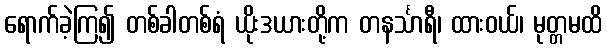
ရောက်ခဲ့ကြ၍ တစ်ခါတစ်ရံ ယိုးဒယားတို့က တနင်္သာရီ၊ ထားဝယ်၊ မုတ္တမထိ